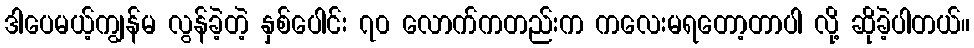
ဒါပေမယ့်ကျွန်မ လွန်ခဲ့တဲ့ နှစ်ပေါင်း ၇၀ လောက်ကတည်းက ကလေးမရတော့တာပါ လို့ ဆိုခဲ့ပါတယ်။